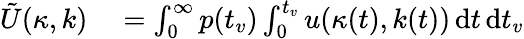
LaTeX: \begin{array}{rl}{\tilde{U}(\kappa,k)}&{{}=\int_{0}^{\infty}p(t_{v})\int_{0}^{t_{v}}u(\kappa(t),k(t))\, \mathrm{d}t\, \mathrm{d}t_{v}}\end{array}